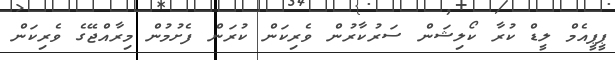
ޕީޕީއެމް ލީޑް ކުރާ ކޯލިޝަން ސަރުކާރުން ވެރިކަން ކުރަން ފެށުމުން މިރާއްޖޭގެ ވެރިކަން